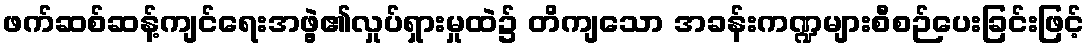
ဖက်ဆစ်ဆန့်ကျင်ရေးအဖွဲ့၏လှုပ်ရှားမှုထဲ၌ တိကျသော အခန်းကဏ္ဍများစီစဉ်ပေးခြင်းဖြင့်